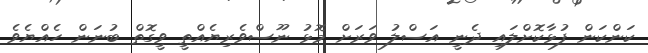
ކަންކަން ފުޅާކޮށްލައި ދެނީ އަސްލު ވަރަށް މޮޅު ނޫސްވެރިޔެއްތީ ވީގޮތް ބުނަން ހެއްޔެވެ